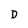
Character: D